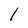
Character: l